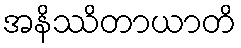
အနိဿိတာယာတိ